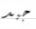
جيد